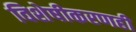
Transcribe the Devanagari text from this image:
विशेषीकरणही